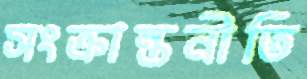
সংক্রান্তনীতি